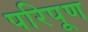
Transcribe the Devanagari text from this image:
परिपूण